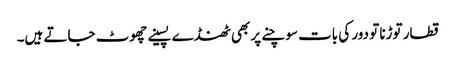
قطار توڑنا تو دور کی بات سوچنے پر بھی ٹھنڈے پسینے چھوٹ جاتے ہیں۔